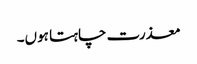
معذرت چاہتا ہوں۔